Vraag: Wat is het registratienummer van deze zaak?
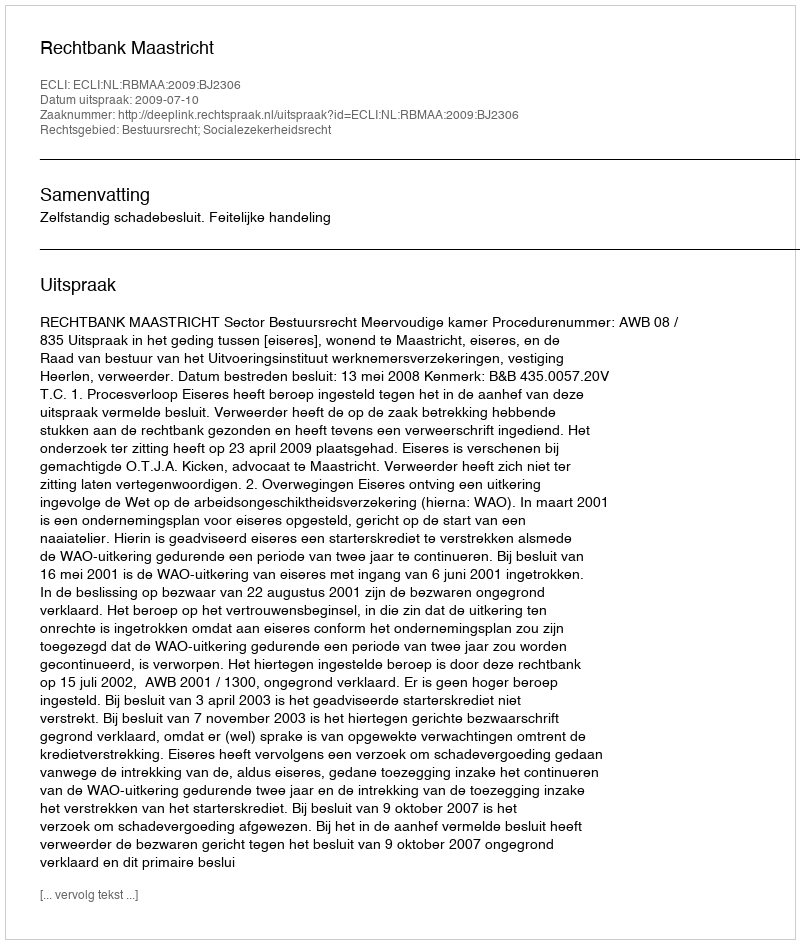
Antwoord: http://deeplink.rechtspraak.nl/uitspraak?id=ECLI:NL:RBMAA:2009:BJ2306